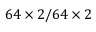
6 4 \times 2 / 6 4 \times 2